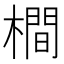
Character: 橺